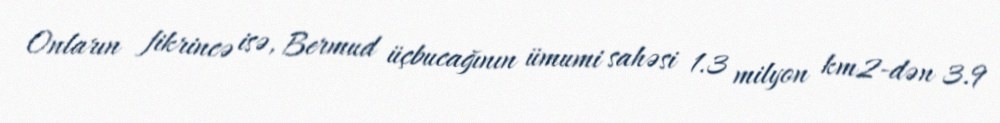
Onların fikrincə isə, Bermud üçbucağının ümumi sahəsi 1.3 milyon km2-dən 3.9